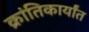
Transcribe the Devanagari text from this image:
क्रांतिकार्यांत